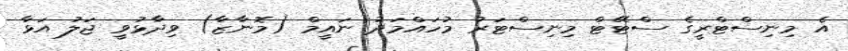
އެ މިނިސްޓްރީގެ ސްޓޭޓް މިނިސްޓަރު މުހައްމަދު ނައީމް (މޮނާޒާ) ވިދާޅުވީ ޖަލު އަޅާ